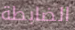
الضابطة